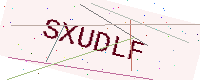
Text: SXUDLF